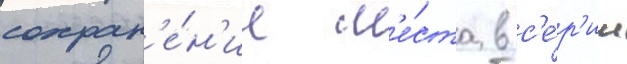
сохран'е́н'ие м'е́ста в с'е́р'ии